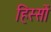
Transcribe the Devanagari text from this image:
हिस्सों